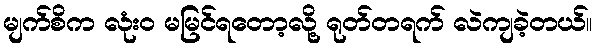
မျက်စိက လုံးဝ မမြင်ရတော့လို့ ရုတ်တရက် လဲကျခဲ့တယ်။